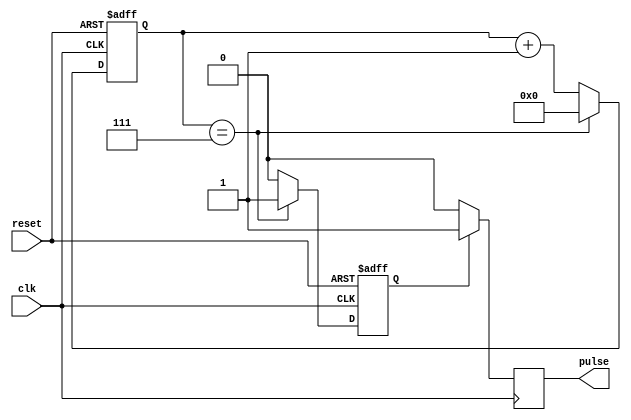
module SynchronousPulseGenerator(
    input wire clk, // System Clock
    input wire reset, // Reset signal
    output reg pulse // Generated pulse output
);

reg [7:0] counter;
reg generate_pulse;

always @(posedge clk or posedge reset) begin
    if (reset) begin
        counter <= 8'b0;
        generate_pulse <= 1'b0;
    end else begin
        if (counter == 8'b111) begin
            counter <= 8'b0;
            generate_pulse <= 1'b1;
        end else begin
            counter <= counter + 1;
            generate_pulse <= 1'b0;
        end
    end
end

always @(posedge clk) begin
    if (generate_pulse) begin
        pulse <= 1'b1;
    end else begin
        pulse <= 1'b0;
    end
end

endmodule